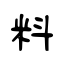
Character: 料